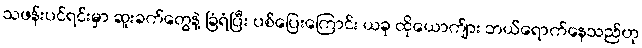
သဖန်းပင်ရင်းမှာ ဆူးခက်တွေနဲ့ ခြံရံပြီး ပစ်ပြေးကြောင်း ယခု ထိုယောက်ျား ဘယ်ရောက်နေသည်ဟု